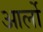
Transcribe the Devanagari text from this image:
आर्लो